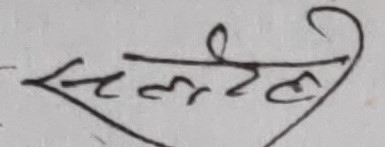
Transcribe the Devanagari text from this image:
सल्लदेही